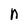
Character: n